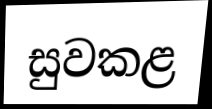
සුවකළ